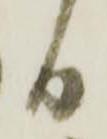
日